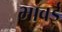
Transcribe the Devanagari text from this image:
भावई